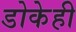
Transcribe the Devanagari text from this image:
डोकेही